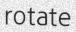
rotate